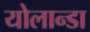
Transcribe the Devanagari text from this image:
योलान्डा